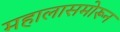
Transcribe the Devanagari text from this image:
महालासमोरून